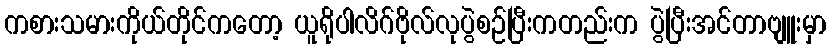
ကစားသမားကိုယ်တိုင်ကတော့ ယူရိုပါလိဂ်ဗိုလ်လုပွဲစဉ်ပြီးကတည်းက ပွဲပြီးအင်တာဗျူးမှာ